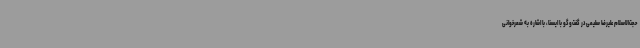
حجت‌الاسلام علیرضا سلیمی در گفت‌وگو با ایسنا، با اشاره به شعرخوانی